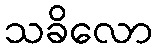
သခိလော